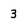
Character: 3